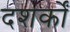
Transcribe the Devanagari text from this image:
दशर्कों